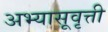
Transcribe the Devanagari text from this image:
अभ्यासूवृत्ती